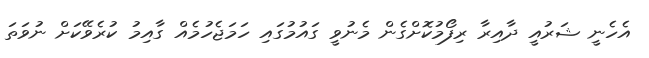
އެހެނީ ޝަރުއީ ދާއިރާ ރިފޯމުކޮށްގެން މެނުވީ ގައުމުގައި ހަމަޖެހުމެއް ގާއިމު ކުރެވޭކަށް ނުވަތަ